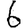
Digit: 6